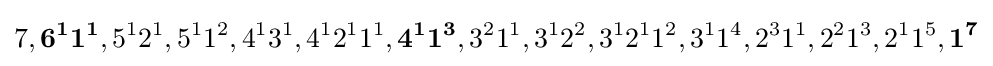
7,\mathbf {6^{1}1^{1}} ,5^{1}2^{1},5^{1}1^{2},4^{1}3^{1},4^{1}2^{1}1^{1},\mathbf {4^{1}1^{3}} ,3^{2}1^{1},3^{1}2^{2},3^{1}2^{1}1^{2},3^{1}1^{4},2^{3}1^{1},2^{2}1^{3},2^{1}1^{5},\mathbf {1^{7}}